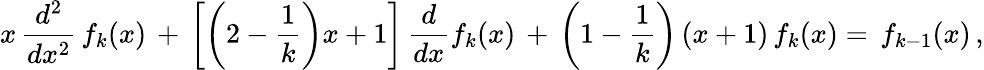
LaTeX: x\, \frac{d^{2}}{dx^{2}}\, f_{k}(x)\, +\, \left[\left(2-\frac 1k\right)x+1\right]\, \frac d{dx}f_{k}(x)\, +\, \left(1-\frac 1k\right)\left(x+1\right)\, f_{k}(x)=\, f_{k-1}(x)\, ,